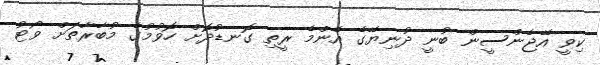
ކިވީ އޭޖެންސީން ބުނީ ދުނިޔޭގެ އެންމެ ރީތި ގޮނޑުދޮށް ހޮވުމުގެ މުބާރާތަށް ވޯޓު